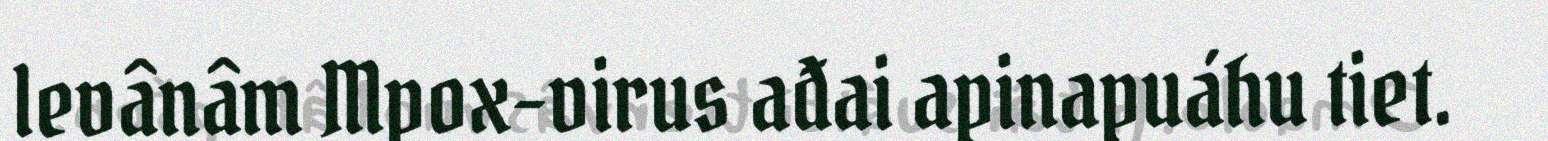
levânâm Mpox-virus ađai apinapuáhu tiet.